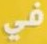
في